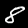
Digit: 8